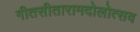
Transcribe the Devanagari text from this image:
गीतसीतारामदोलोत्सव